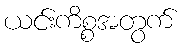
ယင်းကိစ္စအတွက်